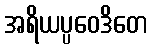
အရိယပ္ပဝေဒိတေ